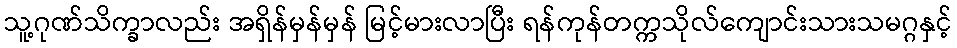
သူ့ဂုဏ်သိက္ခာလည်း အရှိန်မှန်မှန် မြင့်မားလာပြီး ရန်ကုန်တက္ကသိုလ်ကျောင်းသားသမဂ္ဂနှင့်